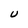
Character: U